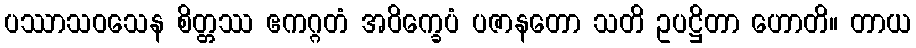
ပဿာသဝသေန စိတ္တဿ ဧကဂ္ဂတံ အဝိက္ခေပံ ပဇာနတော သတိ ဥပဋ္ဌိတာ ဟောတိ။ တာယ